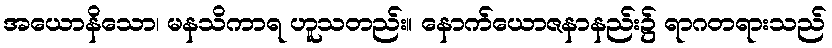
အယောနိသော၊ မနသိကာရ ဟူသတည်း။ နောက်ယောဇနာနည်း၌ ရာဂတရားသည်